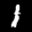
Label: 1